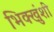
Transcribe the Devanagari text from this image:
भिक्खुंशी